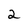
Character: 2